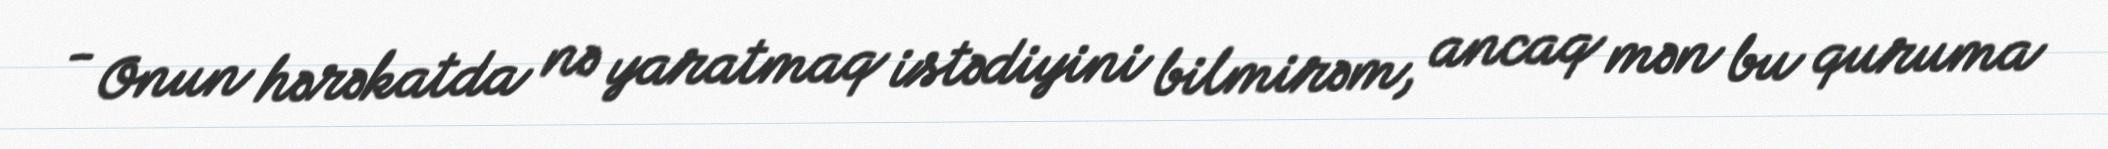
- Onun hərəkatda nə yaratmaq istədiyini bilmirəm, ancaq mən bu quruma